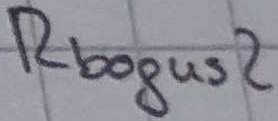
Text: Rbogus2